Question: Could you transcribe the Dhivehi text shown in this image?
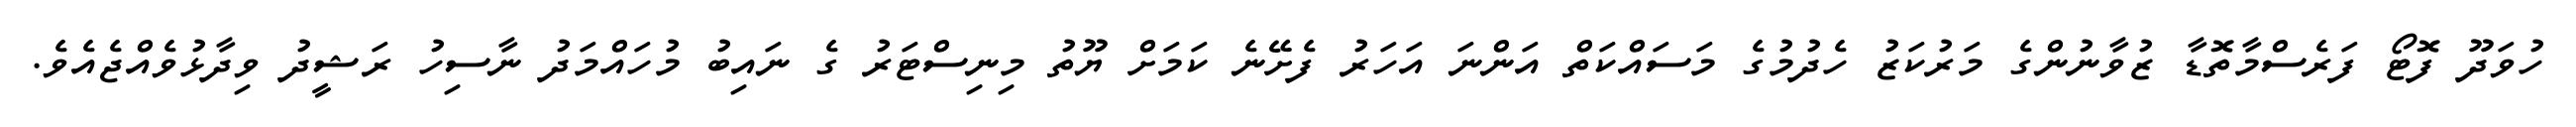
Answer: ހުވަދޫ ފޮޓޯ ފަރެސްމާތޮޑާ ޒުވާނުންގެ މަރުކަޒު ހެދުމުގެ މަސައްކަތް އަންނަ އަހަރު ފެށޭނެ ކަމަށް ޔޫތު މިނިސްޓަރު ގެ ނައިބު މުހައްމަދު ނާސިހު ރަޝީދު ވިދާޅުވެއްޖެއެވެ.